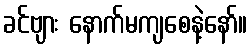
ခင်ဗျား နောက်မကျစေနဲ့နော်။